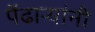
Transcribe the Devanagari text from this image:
पेंढाऱ्यांनी